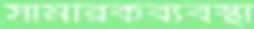
সামরিকব্যবস্থা